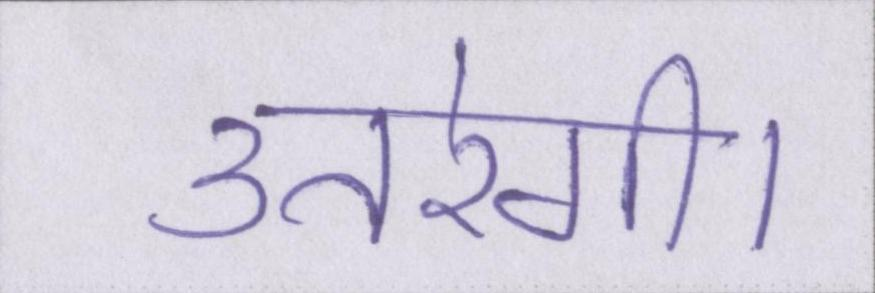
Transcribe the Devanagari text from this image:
उतरेगी।